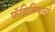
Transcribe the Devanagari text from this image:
फॅब्रिसियानो